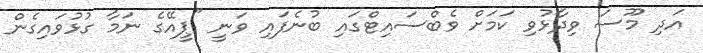
އަދި މޫސަ ވިދާޅުވި ކަމަށް ވެބްސައިޓްގައި ބުނެފައި ވަނީ "ޕީއޭގެ ނަމާ ގުޅުވައިގެން